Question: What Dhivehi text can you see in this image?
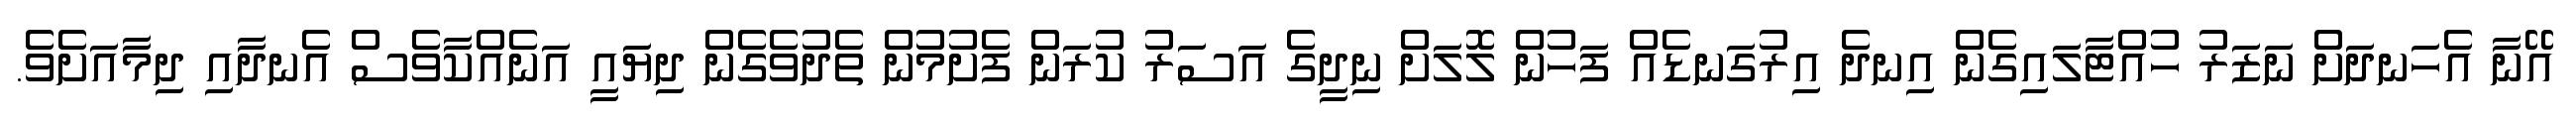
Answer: އޭނާ އެހަނދަށް ނަޒަރު ހުއްޓާލައިގެން އިނދެ އިރުގަނޑެއް ފަހުން ލޮލަށް ނިދީގެ އަސަރު ކުރަން ފެށުމުން ތެދުވެގެން ދިޔައީ އަނެއްކާވެސް އެނދާއި ދިމާއަށެވެ.